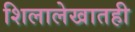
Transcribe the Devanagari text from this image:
शिलालेखातही